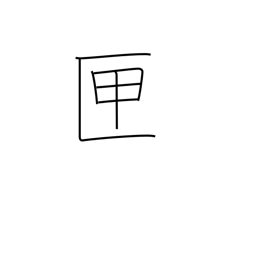
Meaning: box